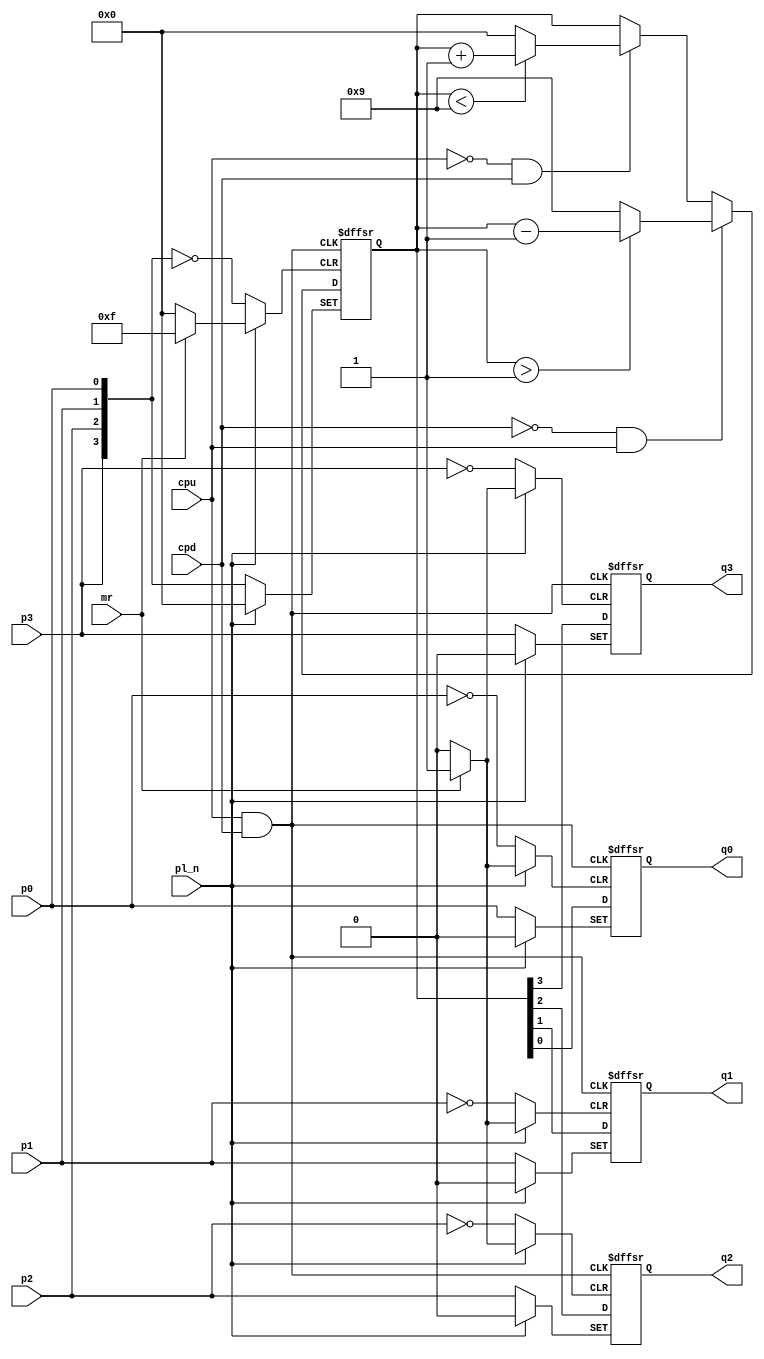
`timescale 1ns / 1ps
/////////////////////////////////////////////////////////////////
// Module Name: syn_up_down_decade_counter
// Description: A presettable BCD/Decade Up/DOWN Counter with DELAY configuration parameter
// parameters: DELAY
/////////////////////////////////////////////////////////////////

module syn_up_down_decade_counter #(parameter DELAY = 10)(
    input cpu,cpd,pl_n,mr,
    input p3,p2,p1,p0,
    //output TCu_n,TCd_n,
    output reg q3,q2,q1,q0
    );
    
    reg [3:0]count;
    wire En;
    
    assign En = cpu && cpd;
    
    always@(negedge En,posedge mr,negedge pl_n)begin
        if(mr)
            count <= 0;
        else if(!pl_n)
            count <= {p3,p2,p1,p0};
        else begin
            if(!cpu && cpd)begin
                if(count < 9)
                    count <= count + 1;
                else
                    count <= 0;
            end                
            if(!cpd && cpu)begin
                if(count > 1)
                    count <= count - 1;
                else
                    count <= 9;
            end
        end
    end
    
    always@(posedge En,posedge mr,negedge pl_n)begin
        if(mr)
             #DELAY {q3,q2,q1,q0} <= 4'b0;
        else if(!pl_n)
             #DELAY {q3,q2,q1,q0} <= {p3,p2,p1,p0};
        else
             #DELAY {q3,q2,q1,q0} <= count;
    end
    
endmodule